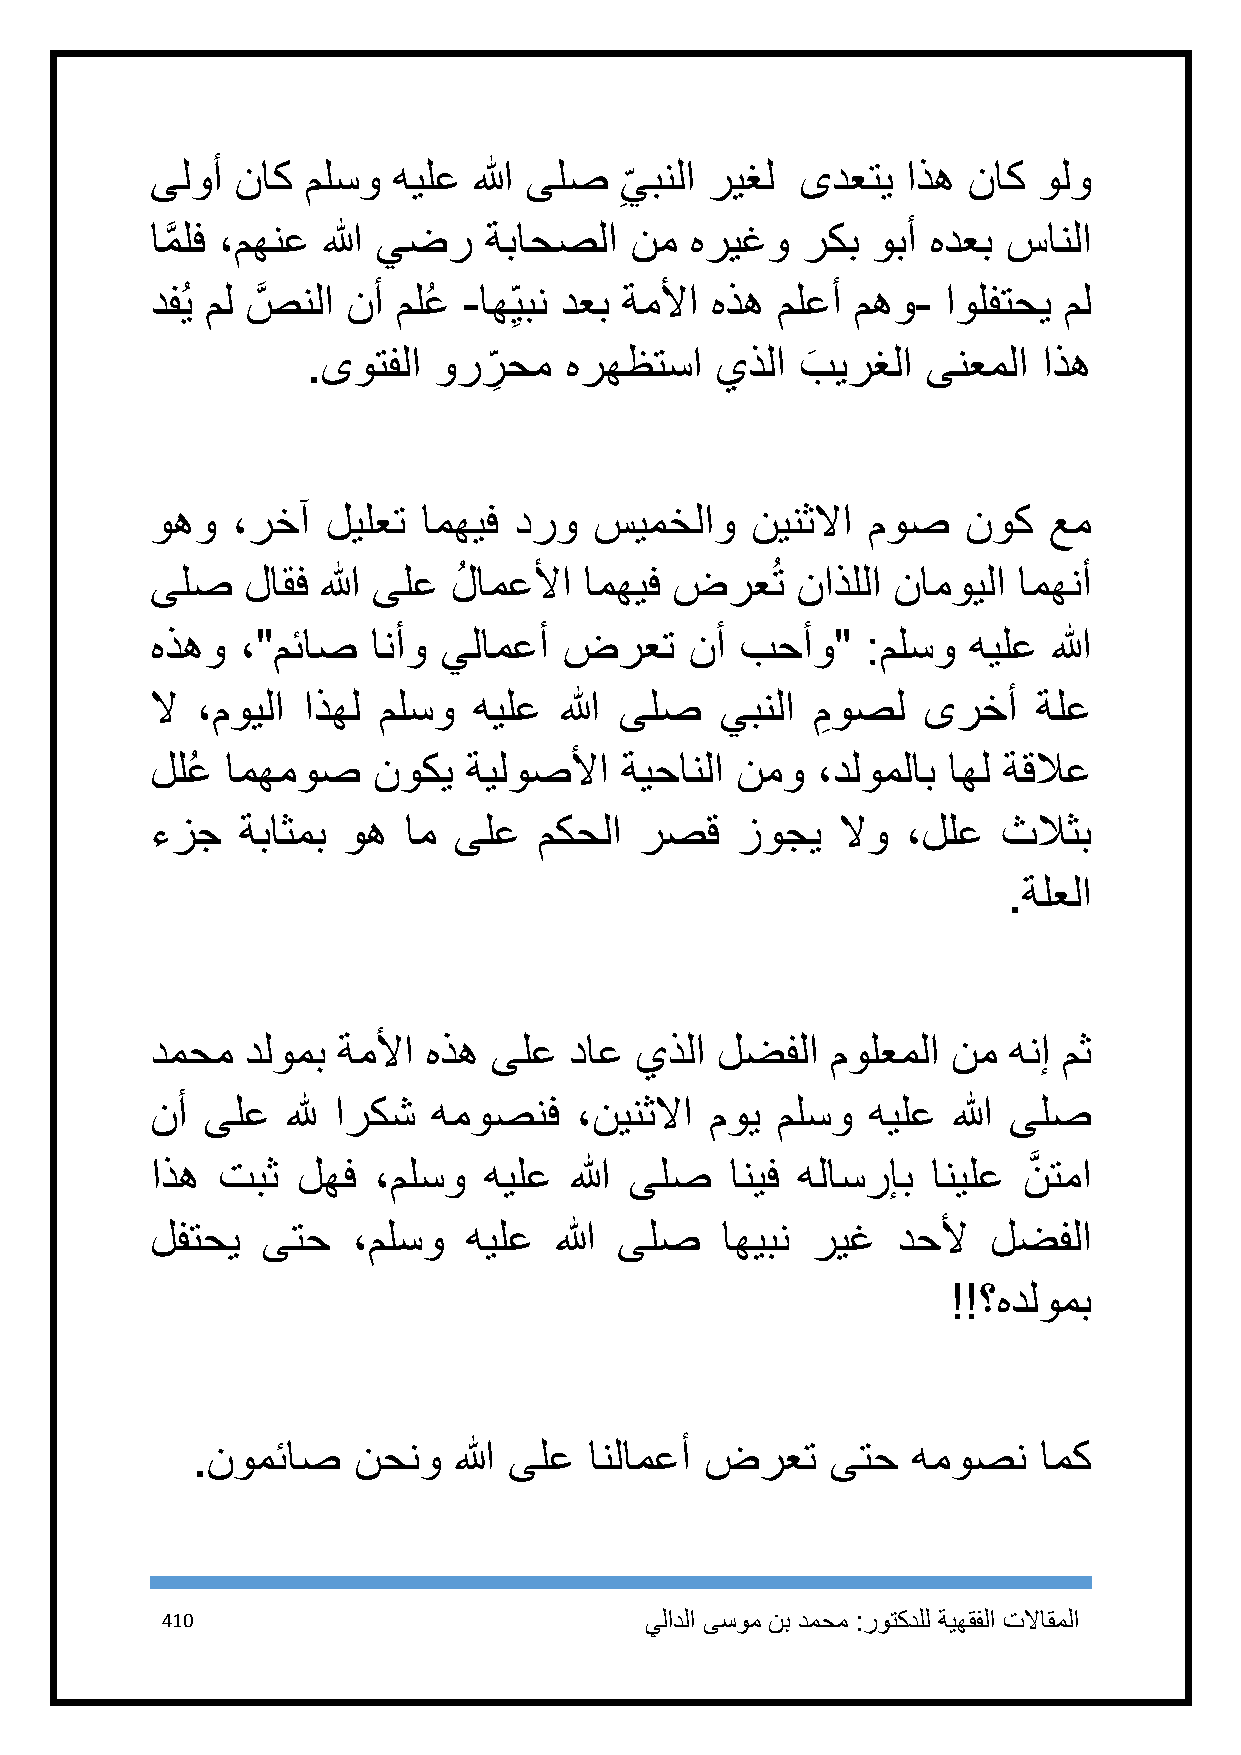
ىلوأ  ناك ملسو  هيلع الله ىلص  يبنلا ريغل  ىدعتي  اذه ناك  ولو
 ِ
 امَّ لف ،مهنع الله يضر ةباحصلا  نم  هريغو  ركب  وبأ هدعب سانلا
 دفُي مل صَّ نلا نأ ملعُ -اه ِيبن دعب ةملأا هذه ملعأ مهو- اولفتحي مل
 .ىوتفلا  ورر
 ِ
 حم  هرهظتسا   يذلا  بَ يرغلا ىنعملا اذه
 وهو  ،رخآ   ليلعت امهيف درو  سيمخلاو    نينثلاا موص   نوك  عم
 ىلص   لاقف الله ىلع لُ امعلأا امهيف ضرعُت  ناذللا نامويلا امهنأ
 هذهو  ،"مئاص   انأو يلامعأ ضرعت     نأ بحأو"   :ملسو  هيلع  الله
 لا ،مويلا اذهل ملسو  هيلع  الله ىلص   يبنلا مِ وصل ىرخأ    ةلع
 للعُ امهموص    نوكي  ةيلوصلأا  ةيحانلا نمو  ،دلوملاب اهل ةقلاع
 ءزج   ةباثمب وه  ام ىلع   مكحلا رصق    زوجي   لاو ،للع  ثلاثب
 .ةلعلا
 دمحم  دلومب ةملأا هذه ىلع   داع يذلا لضفلا   مولعملا نم  هنإ مث
 نأ ىلع   لله اركش  هموصنف   ،نينثلاا موي ملسو  هيلع  الله ىلص
 اذه تبث   لهف  ،ملسو  هيلع  الله ىلص  انيف هلاسرإب  انيلع نَّ تما
 لفتحي  ىتح   ،ملسو   هيلع  الله ىلص   اهيبن ريغ  دحلأ   لضفلا
 !!؟هدلومب
 .نومئاص   نحنو   الله ىلع انلامعأ ضرعت    ىتح  هموصن    امك
 411                             يلادلا ىسوم نب دمحم :روتكدلل ةيهقفلا تلااقملا